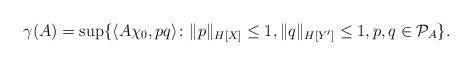
LaTeX: \begin{align*}\gamma(A)=\sup\{\langle A\chi_0, pq\rangle\colon \|p\|_{H[X]}\leq 1, \|q\|_{H[Y']}\leq 1, p,q\in \mathcal{P}_A\}.\end{align*}